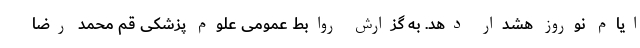
ایام نوروز هشدار دهد. به گزارش روابط عمومی علوم پزشکی قم محمد رضا